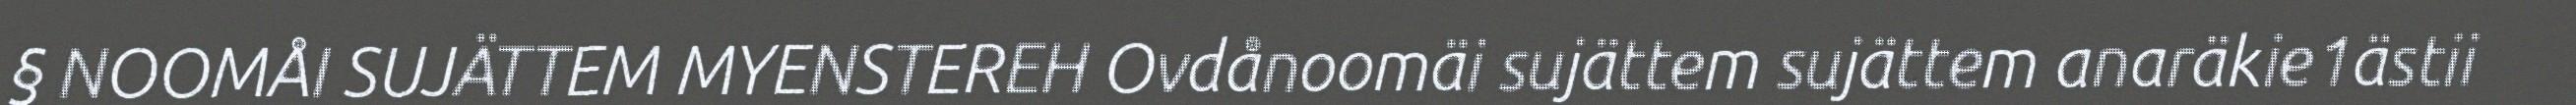
§ NOOMÅI SUJÄTTEM MYENSTEREH Ovdånoomäi sujättem sujättem anaräkie1ästii